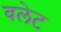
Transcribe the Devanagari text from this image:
वलेट